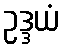
ဥဒ္ဒယံ